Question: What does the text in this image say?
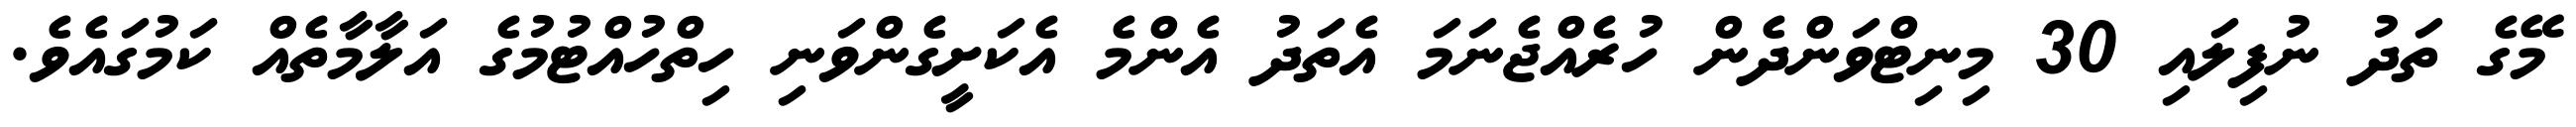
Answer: މޭގެ ތަދު ނުފިލައި 30 މިނިޓްވަންދެން ހުރެއްޖެނަމަ އެތަދު އެންމެ އެކަށީގެންވަނި ހިތްހުއްޓުމުގެ އަލާމާތެއް ކަމުގައެވެ.